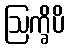
ဩက္ခိပိ